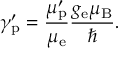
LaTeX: \gamma _ { \mathrm { { p } } } ^ { \prime } = { \frac { \mu _ { \mathrm { { p } } } ^ { \prime } } { \mu _ { \mathrm { { e } } } } } { \frac { g _ { \mathrm { { e } } } \mu _ { \mathrm { { B } } } } { \hbar } } .